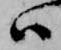
ハ